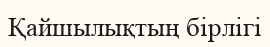
Қайшылықтың бірлігі